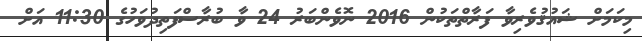
މިކަމަށް ޝައުޤުވެރިވާ ފަރާތްތަކުން 2016 ނޮވެންބަރު 24 ވާ ބުރާސްފަތިދުވަހުގެ 11:30 އަށް